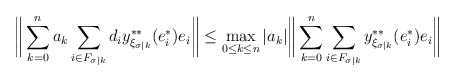
\begin{align*}\bigg\|\sum_{k=0}^n a_k\sum_{i\in F_{\sigma|k}}d_iy^{**}_{\xi_{\sigma|k}}(e_i^*)e_i\bigg\|&\leq\max_{0\leq k\leq n}|a_k|\bigg\|\sum_{k=0}^n \sum_{i\in F_{\sigma|k}}y^{**}_{\xi_{\sigma|k}}(e_i^*)e_i\bigg\|\end{align*}